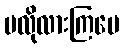
မလိုလားကြပေ